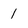
Character: 1